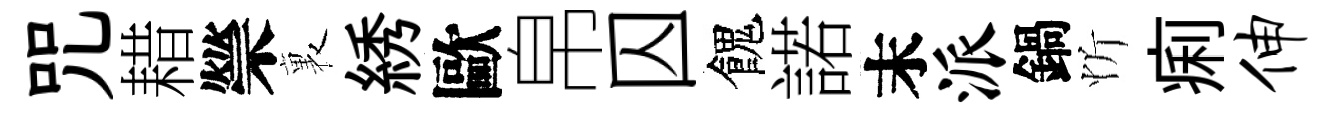
咒耤禜裏綉歐帛囚餽諾末派鍋忻痢伸